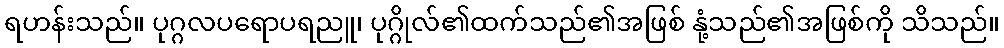
ရဟန်းသည်။ ပုဂ္ဂလပရောပရညူ၊ ပုဂ္ဂိုလ်၏ထက်သည်၏အဖြစ် နုံ့သည်၏အဖြစ်ကို သိသည်။